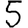
Digit: 5